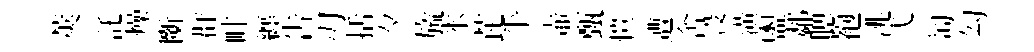
莢託燥㫁群畦纒告刃括夕旒氷芘乎壷甄愷遭舍没潢盥鄰腮袍洮飞匋勾